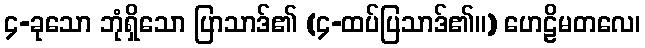
၄-ခုသော ဘုံရှိသော ပြာသာဒ်၏ (၄-ထပ်ပြသာဒ်၏။) ဟေဠိမတလေ၊